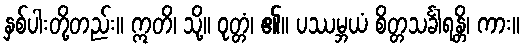
နှစ်ပါးတို့တည်း။ ဣတိ၊ သို့။ ဝုတ္တံ၊ ၏။ ပဿမ္ဘယံ စိတ္တသင်္ခါရန္တိ၊ ကား။